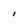
Character: I